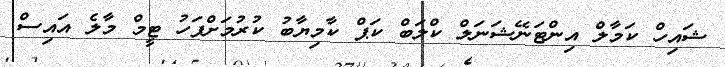
ޝައިހް ކަމާލް އިންޓަނޭޝަނަލް ކްލަބް ކަޕް ކާމިޔާބު ކުރުމަށްފަހު ޓީމް މާލެ އައިސް